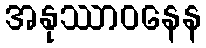
အနုဿာဝနေန